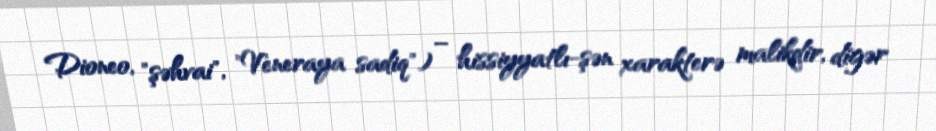
Dioneo, "şəhvai", "Veneraya sadiq") – hissiyyatlı-şən xarakterə malikdir, digər